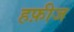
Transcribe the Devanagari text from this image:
हफ़ीज